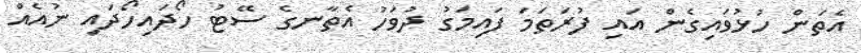
އެތަން ހުޅުވައިގެން އައި ފުރަތަމަ ފައިމަގު ދުވަހު އެތާނގެ ސޭޓު ހޯދައިހޯދައި ނުއެއް